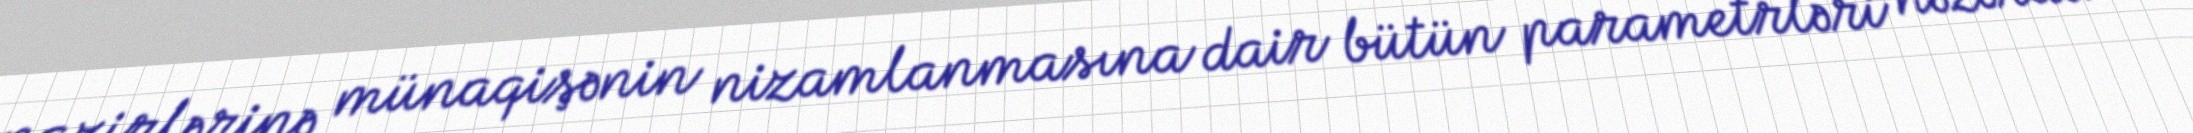
nazirlərinə münaqişənin nizamlanmasına dair bütün parametrləri nəzərdən